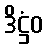
ဒိဋ္ဌံဝ